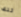
تلك